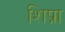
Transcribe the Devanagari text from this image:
शिप्रा